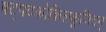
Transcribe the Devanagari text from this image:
षट्पदकोकिलकूजितम्